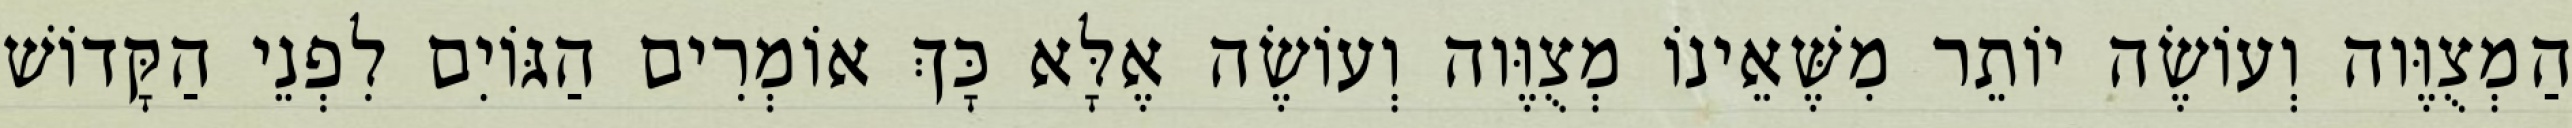
הַמְצֻוֶּוה וְעוֹשֶׂה יוֹתֵר מִשֶּׁאֵינוֹ מְצֻוֶּוה וְעוֹשֶׂה אֶלָּא כָּךְ אוֹמְרִים הַגּוֹיִם לִפְנֵי הַקָּדוֹשׁ